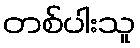
တစ်ပါးသူ